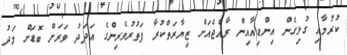
ކުރުމާއި ގުޅިގެން އިންޑިއާއިން ރާއްޖެއަށް ޒިޔާރަތްކުރާ ފަތުރުވެރިންގެ އަދަދު ވަރަށް ބޮޑަށް މަދު